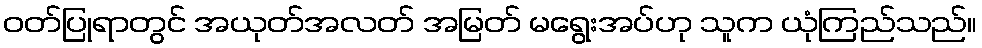
ဝတ်ပြုရာတွင် အယုတ်အလတ် အမြတ် မရွေးအပ်ဟု သူက ယုံကြည်သည်။